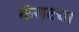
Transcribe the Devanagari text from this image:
कॅसटचा